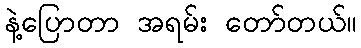
နဲ့ပြောတာ အရမ်း တော်တယ်။